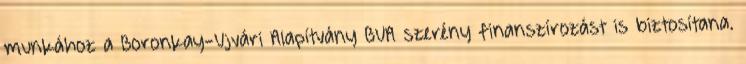
munkához a Boronkay-Ujvári Alapítvány BUA szerény finanszírozást is biztosítana.